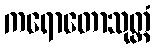
ကရောတောသုတ္တံ